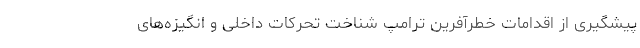
پیشگیری از اقدامات خطرآفرین ترامپ شناخت تحرکات داخلی و انگیزه‌های